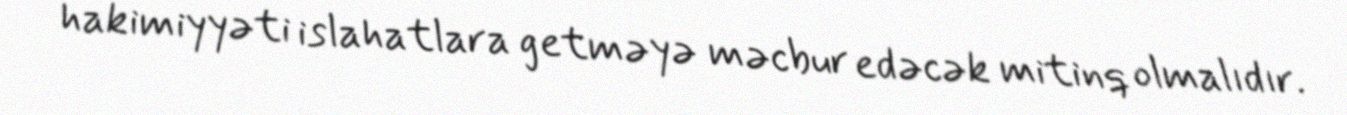
hakimiyyəti islahatlara getməyə məcbur edəcək mitinq olmalıdır.